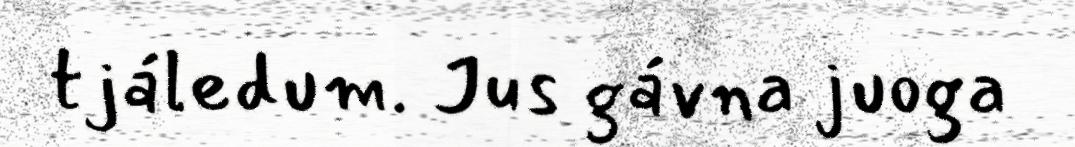
tjáledum. Jus gávna juoga